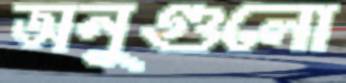
অনুগুলো